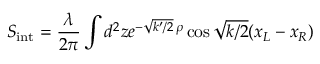
S _ { \mathrm { i n t } } = \frac { \lambda } { 2 \pi } \int d ^ { 2 } z e ^ { - \sqrt { k ^ { \prime } / 2 } \, \rho } \cos \sqrt { k / 2 } ( x _ { L } - x _ { R } )